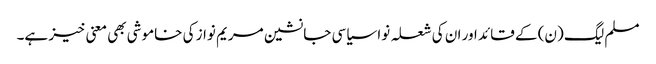
مسلم لیگ (ن) کے قائد اور ان کی شعلہ نوا سیاسی جانشین مریم نواز کی خاموشی بھی معنی خیز ہے۔